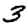
Digit: 3